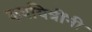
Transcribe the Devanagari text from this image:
कवयित्रींनी